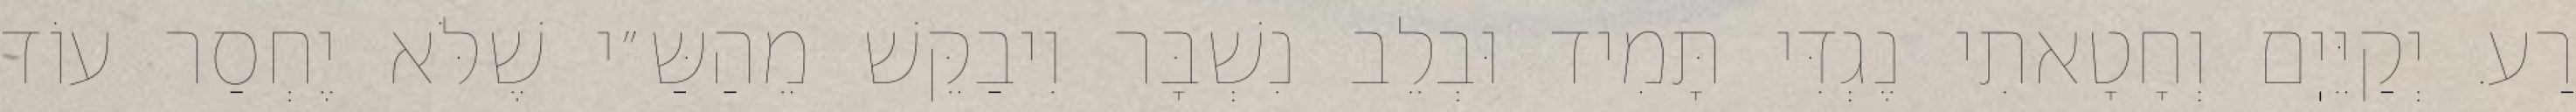
רַע. יְקַיֵּיֽם וְחָטָאתִי נֶגְדִּי תָּמִיד וּבְלֵב נִשְׁבָּר וִיבַקֵּשׁ מֵהַשַּ״י שֶׁלֹּא יֶחְסַר עוֹד